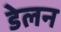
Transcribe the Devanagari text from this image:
डेलन